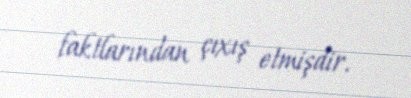
faktlarından çıxış etmişdir.